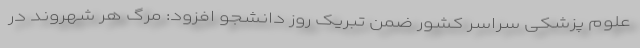
علوم پزشکی سراسر کشور ضمن تبریک روز دانشجو افزود: مرگ هر شهروند در